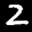
Label: 2